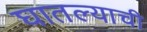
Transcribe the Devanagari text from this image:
घातल्याची